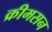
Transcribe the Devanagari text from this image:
क्रीमसन